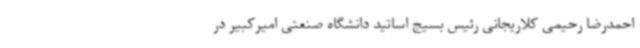
احمدرضا رحیمی کلاریجانی رئیس بسیج اساتید دانشگاه صنعتی امیرکبیر در